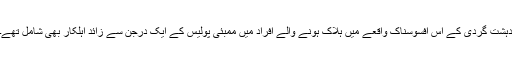
دہشت گردی کے اس افسوسناک واقعے میں ہلاک ہونے والے افراد میں ممبئی پولیس کے ایک درجن سے زائد اہلکار بھی شامل تھے۔